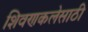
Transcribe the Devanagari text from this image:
शिवणकलेसाठी